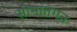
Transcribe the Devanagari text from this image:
सीमांतगत